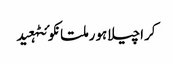
کراچیلاہورملتانکوئٹہعید